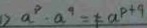
1 ) a ^ { p } \cdot a ^ { 9 } = \neq a ^ { p + q }